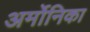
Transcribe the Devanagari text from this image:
अर्मोनिका